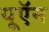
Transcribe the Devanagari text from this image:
यूऍन